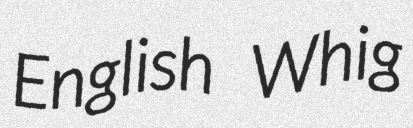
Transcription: English Whig